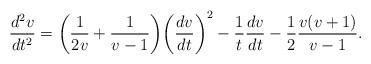
LaTeX: \begin{align*}\frac{d^2 v}{dt^2}=\biggl(\frac{1}{2v}+\frac{1}{v-1}\biggr)\biggl(\frac{dv}{dt}\biggr)^2-\frac{1}{t}\frac{dv}{dt}-\frac{1}{2}\frac{v(v+1)}{v-1}.\end{align*}